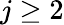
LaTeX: j\ge 2